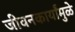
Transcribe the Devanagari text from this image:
जीवनकार्यांमुळे